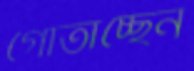
গোঁতাচ্ছেন